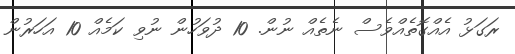
ރަގަޅު އެއްގޮތެއްވެސް ނެތެއް ނުން. 10 ދުވަހުން ނުވި ކަމެއް 10 އަހަރުން